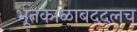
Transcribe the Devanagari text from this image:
भूतकाळाबद्द्लच